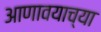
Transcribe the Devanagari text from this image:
आणावयाच्या